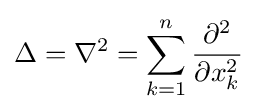
\Delta =\nabla ^{2}=\sum _{k=1}^{n}{\frac {\partial ^{2}}{\partial x_{k}^{2}}}